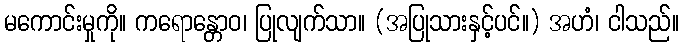
မကောင်းမှုကို။ ကရောန္တောဝ၊ ပြုလျက်သာ။ (အပြုသားနှင့်ပင်။) အဟံ၊ ငါသည်။